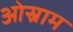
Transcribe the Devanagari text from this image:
ओस्राम